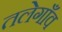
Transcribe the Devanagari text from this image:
तलेगाँव